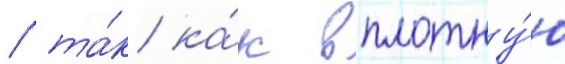
/ та́к ка́к вплотну́ю